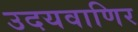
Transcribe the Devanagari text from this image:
उदयवाणिर